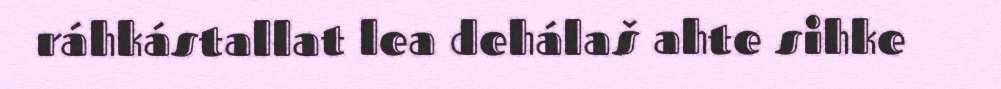
ráhkástallat lea dehálaš ahte sihke